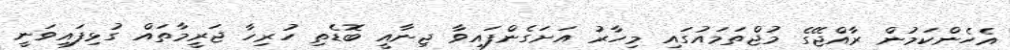
އެހެންކަމުން ރާއްޖޭގެ މުޖްތަމައުގައި މިހާރު އަށަގެންފައިވާ ޖިނާއީ ބޮޑެތި ހުރިހާ ޖަރީމާތައް ގުޅިފައިވަނީ